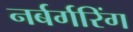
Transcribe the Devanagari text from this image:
नर्बर्गरिंग